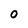
Character: O